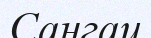
Сангаи